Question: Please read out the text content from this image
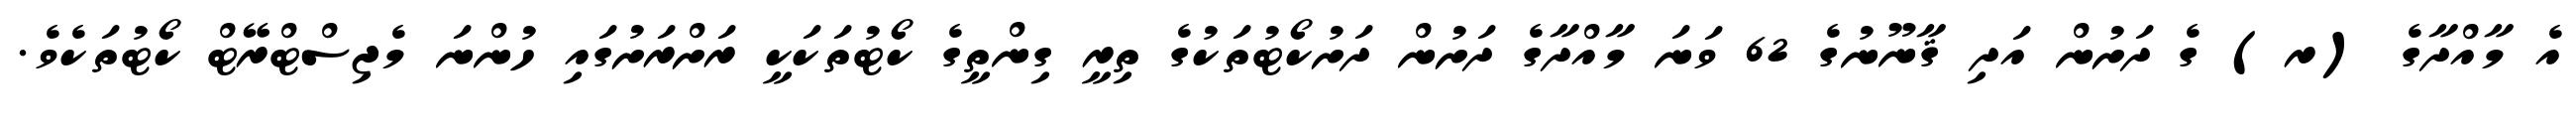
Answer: އެ މާއްދާގެ (ރ) ގެ ދަށުން އަދި ޤާނޫނުގެ 62 ވަނަ މާއްދާގެ ދަށުން ދަށުކޯޓުތަކުގެ ތިރީ ގިންތީގެ ކޯޓުތަކަކީ ރަށްރަށުގައި ހުންނަ މެޖިސްޓްރޭޓް ކޯޓުތަކެވެ.